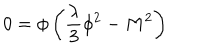
0 = \phi \left( { \frac { \lambda } { 3 } } \phi ^ { 2 } - M ^ { 2 } \right)